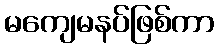
မကျေမနပ်ဖြစ်ကာ